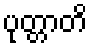
ပုတ္တာတိ